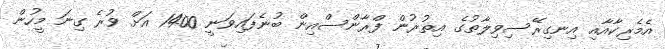
އެމެރިކާއާއި އިނގިރޭސިވިލާތުގެ އިތުރުން ފްރާންސްއިން ބުނެފައިވަނީ 1400 އަށް ވުރެ ގިނަ މީހުން